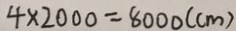
4 \times 2 0 0 0 = 8 0 0 0 ( c m )